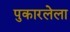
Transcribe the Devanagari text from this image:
पुकारलेला